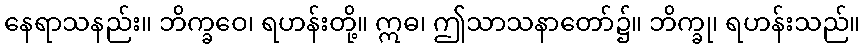
နေရာသနည်း။ ဘိက္ခဝေ၊ ရဟန်းတို့။ ဣဓ၊ ဤသာသနာတော်၌။ ဘိက္ခု၊ ရဟန်းသည်။